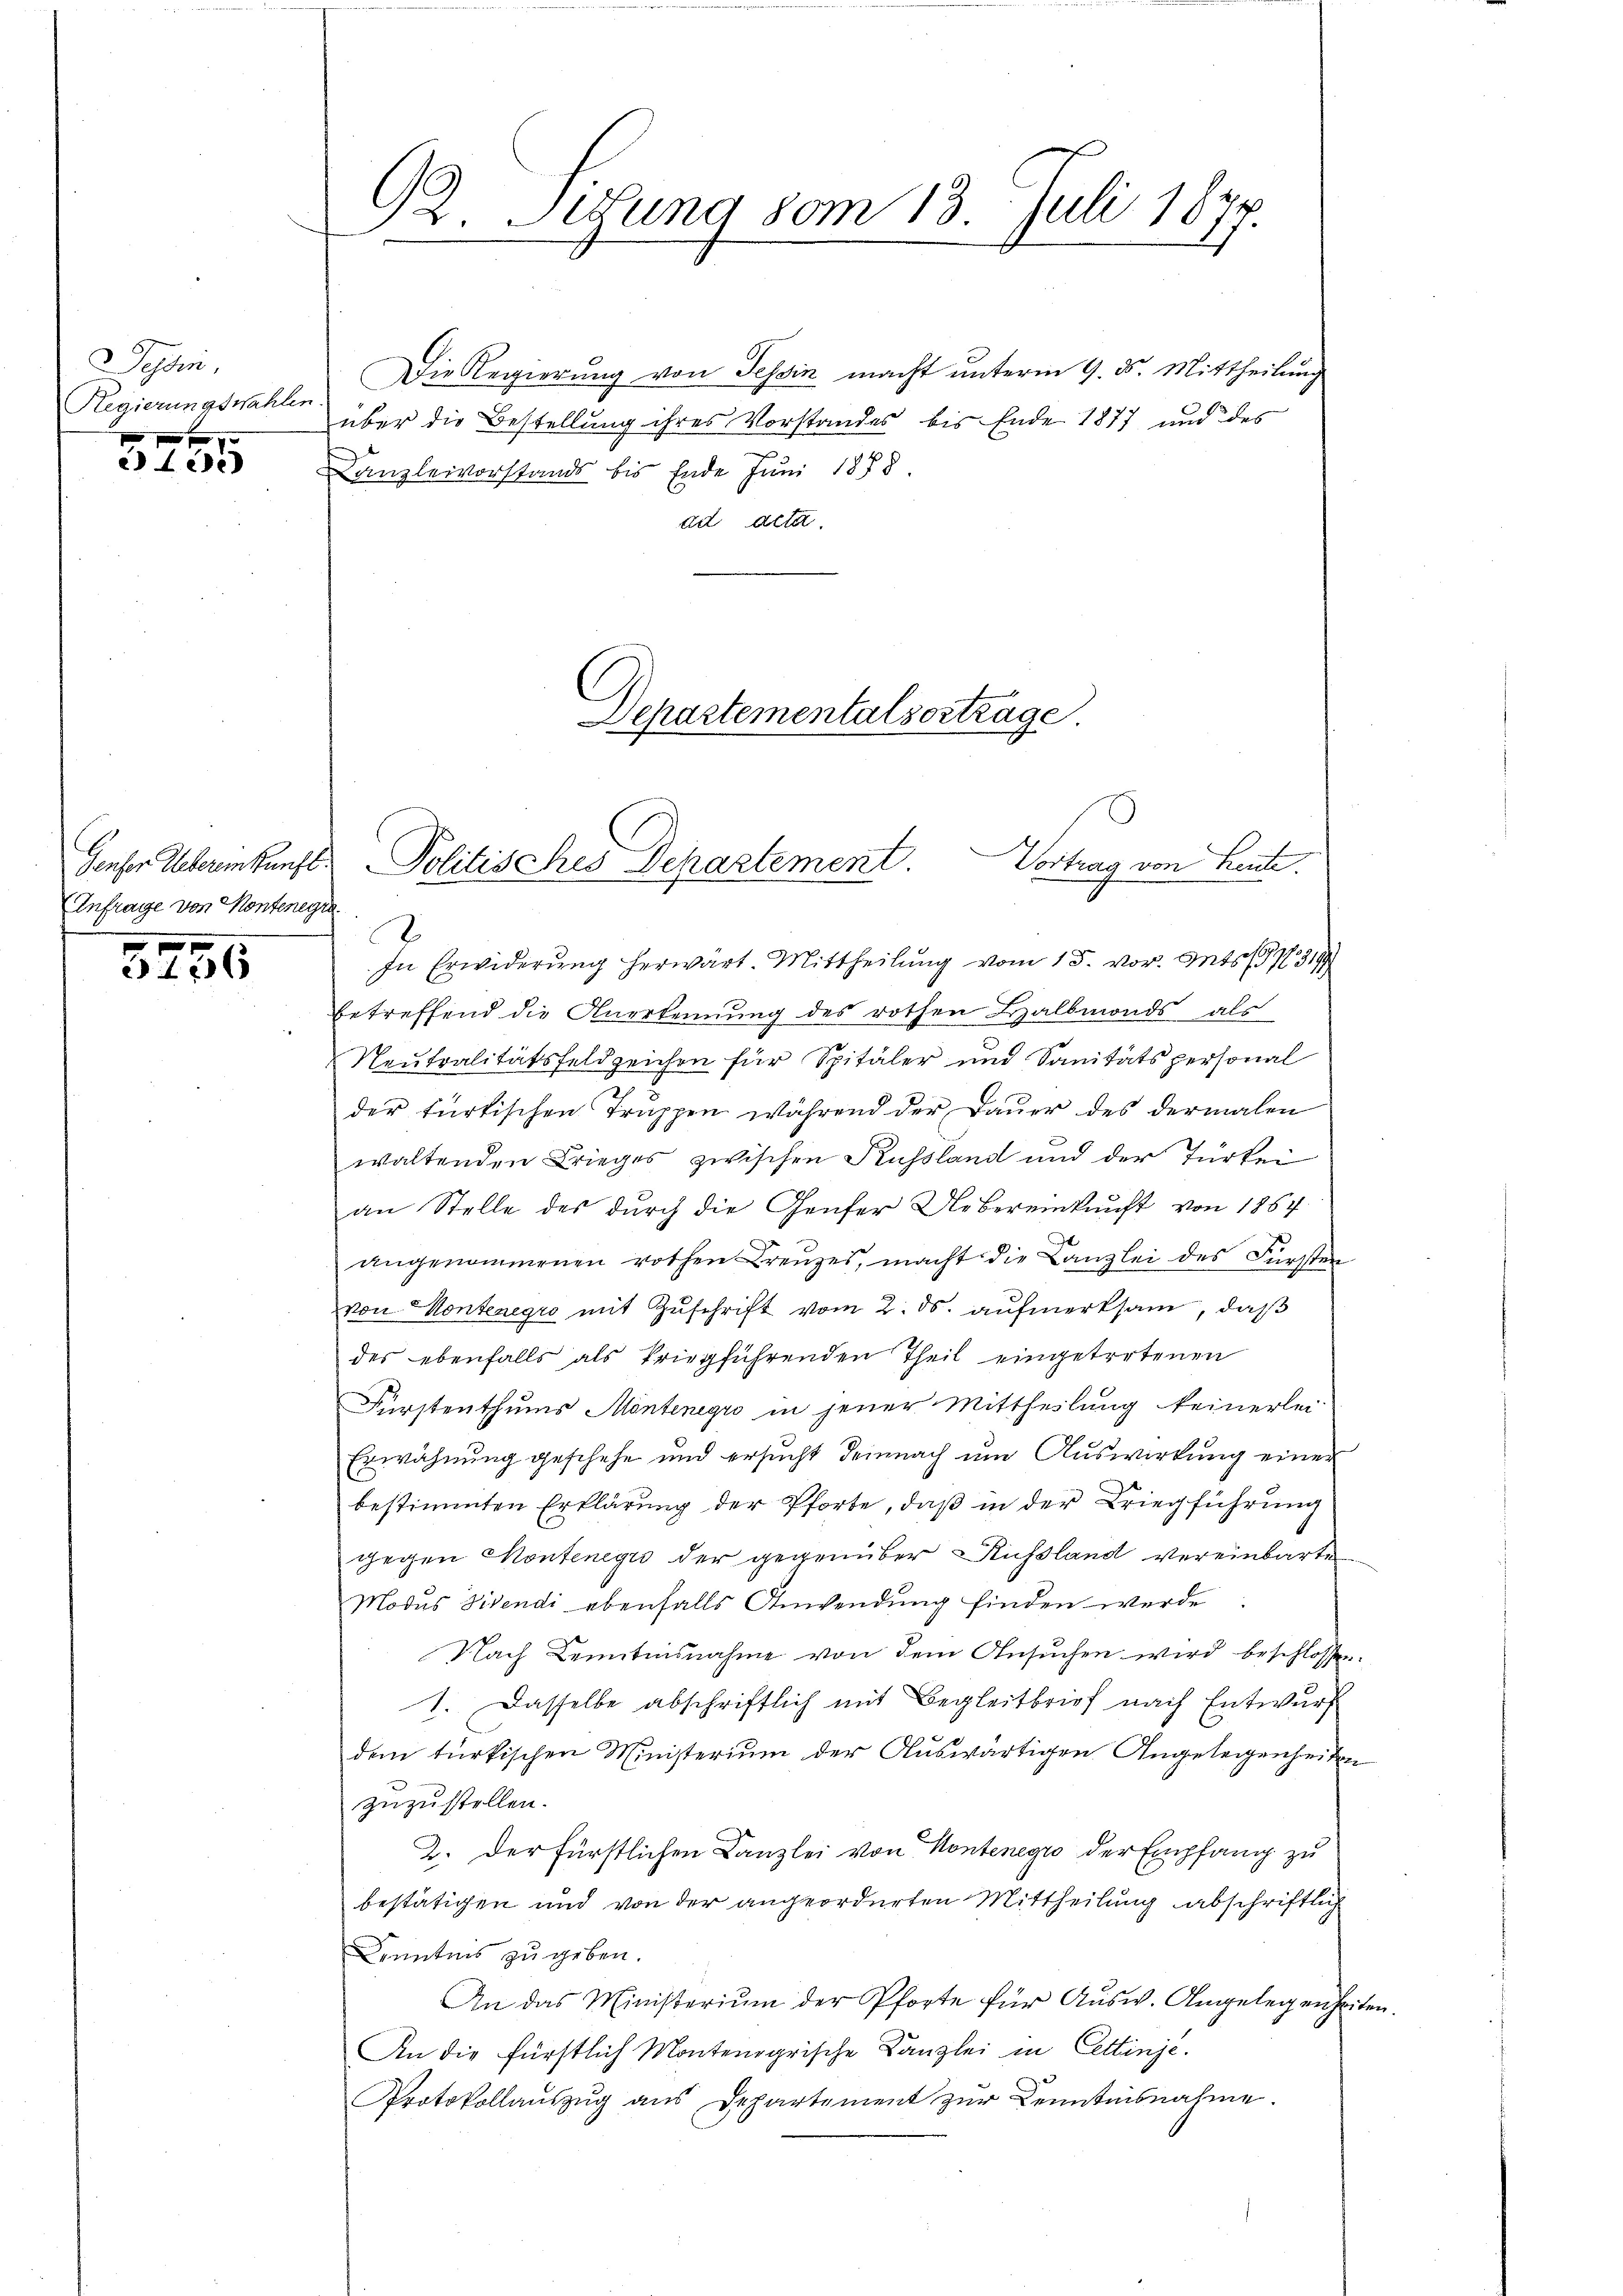
Tessin,
Regierungswahlen
 xx

Lede

Anfrage von Kontenegra
1 f 0

42 x

92. Sidung vom 13. Juli 1877.

Die Regierung von Tessin macht unterm 9. ds. Mittheilung
über die Bestellung ihres Vorstandes bis Ende 1877 und des
u
Kanzleivorstands bis Ende Juni 1888.
ad acta.
D
In Erwiderung herwärt. Mittheilung vom 15. vor. Mts. (G N. 319
betreffend die Anerkennung des rothen Halbmonds als
Neutralitätsfeldzeichen für Spitäler und Sanitätspersonal
der türkischen Truppen während der Dauer des dermalen
waltenden Krieges zwischen Kussland und der Türkei
an Stelle des durch die Genfer Uebereinkunft von 1857
angenommenen rothen Kreuzes, macht die Kanzlei des Fürsten
von Montenegro mit Zuschrift vom 2. ds. aufmerksam, daß
des ebenfalls als kriegführenden Theil eingetretenen
Fürstenthums Möntenegio in jener Mittheilung keinerlei
Erwähnung geschehe und ersucht demnach um Auswirkung einer
bestimmten Erklärung der Pforte, daβ in der Kriegführung
gegen Montenegi der gegenüber Russland vereinbarte
Modus Divendi ebenfalls Anwendung finden werde
Nach Denitensnahme von dem Ansuchen wird beschlossen:
1. Dasselbe abschriftlich mit Begleitbrief nach Entwurf
dem türkischen Ministerium der Auswärtigen Angelegenheiten
zuzustellen.
2. Der Fürstlichen Kanzlei von Kontenegio der Empfang zu
bestätigen und von der angeordneten Mittheilung abschriftlich
Kenntnis zu geben.
An das Ministerium der Pforte für Ausw. Angelegenheiten
An die fürstlich Montenogrische Kanzlei in Cettinge.
Protokollauszug aus Departement zur Kenntnisnahme.

Departementalsortrage
Genser Uebereinkunft. Politisches Departement. Vortrag von Leute.